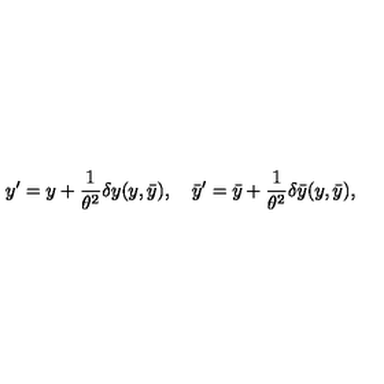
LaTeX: y ^ { \prime } = y + { \frac { 1 } { \theta ^ { 2 } } } \delta y ( y , \bar { y } ) , \quad \bar { y } ^ { \prime } = \bar { y } + { \frac { 1 } { \theta ^ { 2 } } } \delta \bar { y } ( y , \bar { y } ) ,